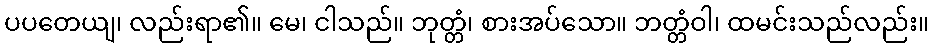
ပပတေယျ၊ လည်းရာ၏။ မေ၊ ငါသည်။ ဘုတ္တံ၊ စားအပ်သော။ ဘတ္တံဝါ၊ ထမင်းသည်လည်း။